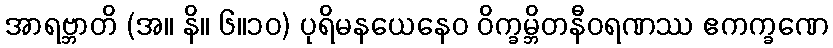
အာရဗ္ဘာတိ (အ။ နိ။ ၆။၁၀) ပုရိမနယေနေဝ ဝိက္ခမ္ဘိတနီဝရဏဿ ဧကက္ခဏေ